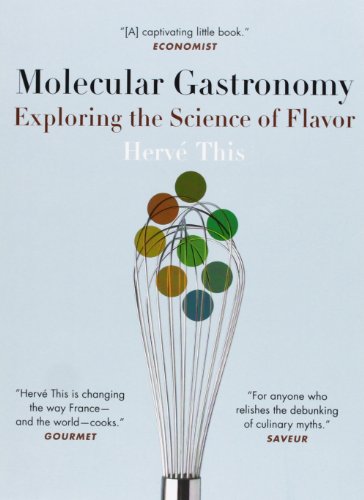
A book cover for Molecular Gastronomy: Exploring the Science of Flavor (Arts and Traditions of the Table: Perspectives on Culinary History); HervÃ© This; Cookbooks, Food & Wine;